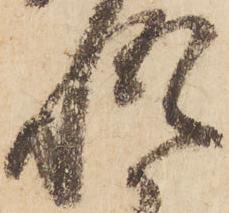
悟